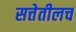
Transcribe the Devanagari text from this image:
सत्तेतीलच